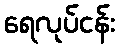
ရေလုပ်ငန်း